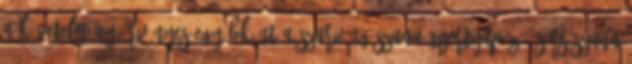
a követelmény érvényes egyébként a szarvángászana gyertyapóz , sírsászana